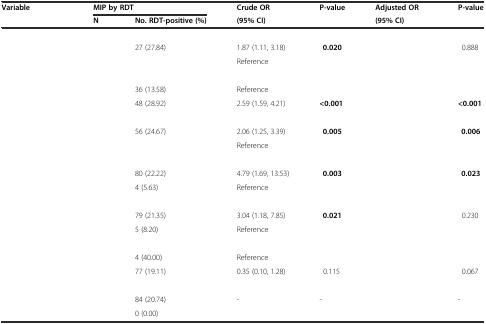
<table><thead><tr><td><b>Variable</b></td><td colspan="2"><b>MIP by RDT</b></td><td><b>Crude OR</b></td><td><b>P-value</b></td><td><b>Adjusted OR</b></td><td><b>P-value</b></td></tr><tr><td>[EMPTY_CELL]</td><td><b>N</b></td><td><b>No. RDT-positive (%)</b></td><td><b>(95% CI)</b></td><td>[EMPTY_CELL]</td><td><b>(95% CI)</b></td><td>[EMPTY_CELL]</td></tr></thead><tbody><tr><td colspan="5">[EMPTY_CELL]</td><td>[EMPTY_CELL]</td><td>[EMPTY_CELL]</td></tr><tr><td>[EMPTY_CELL]</td><td>[EMPTY_CELL]</td><td>27 (27.84)</td><td>1.87 (1.11, 3.18)</td><td><b>0.020</b></td><td>[EMPTY_CELL]</td><td>0.888</td></tr><tr><td>[EMPTY_CELL]</td><td>[EMPTY_CELL]</td><td>[EMPTY_CELL]</td><td>Reference</td><td>[EMPTY_CELL]</td><td>[EMPTY_CELL]</td><td>[EMPTY_CELL]</td></tr><tr><td colspan="5">[EMPTY_CELL]</td><td>[EMPTY_CELL]</td><td>[EMPTY_CELL]</td></tr><tr><td>[EMPTY_CELL]</td><td>[EMPTY_CELL]</td><td>36 (13.58)</td><td>Reference</td><td>[EMPTY_CELL]</td><td>[EMPTY_CELL]</td><td>[EMPTY_CELL]</td></tr><tr><td>[EMPTY_CELL]</td><td>[EMPTY_CELL]</td><td>48 (28.92)</td><td>2.59 (1.59, 4.21)</td><td><b>&lt;0.001</b></td><td>[EMPTY_CELL]</td><td><b>&lt;0.001</b></td></tr><tr><td colspan="5">[EMPTY_CELL]</td><td>[EMPTY_CELL]</td><td>[EMPTY_CELL]</td></tr><tr><td>[EMPTY_CELL]</td><td>[EMPTY_CELL]</td><td>56 (24.67)</td><td>2.06 (1.25, 3.39)</td><td><b>0.005</b></td><td>[EMPTY_CELL]</td><td><b>0.006</b></td></tr><tr><td>[EMPTY_CELL]</td><td>[EMPTY_CELL]</td><td>[EMPTY_CELL]</td><td>Reference</td><td>[EMPTY_CELL]</td><td>[EMPTY_CELL]</td><td>[EMPTY_CELL]</td></tr><tr><td colspan="5">[EMPTY_CELL]</td><td>[EMPTY_CELL]</td><td>[EMPTY_CELL]</td></tr><tr><td>[EMPTY_CELL]</td><td>[EMPTY_CELL]</td><td>80 (22.22)</td><td>4.79 (1.69, 13.53)</td><td><b>0.003</b></td><td>[EMPTY_CELL]</td><td><b>0.023</b></td></tr><tr><td>[EMPTY_CELL]</td><td>[EMPTY_CELL]</td><td>4 (5.63)</td><td>Reference</td><td>[EMPTY_CELL]</td><td>[EMPTY_CELL]</td><td>[EMPTY_CELL]</td></tr><tr><td colspan="5">[EMPTY_CELL]</td><td>[EMPTY_CELL]</td><td>[EMPTY_CELL]</td></tr><tr><td>[EMPTY_CELL]</td><td>[EMPTY_CELL]</td><td>79 (21.35)</td><td>3.04 (1.18, 7.85)</td><td><b>0.021</b></td><td>[EMPTY_CELL]</td><td>0.230</td></tr><tr><td>[EMPTY_CELL]</td><td>[EMPTY_CELL]</td><td>5 (8.20)</td><td>Reference</td><td>[EMPTY_CELL]</td><td>[EMPTY_CELL]</td><td>[EMPTY_CELL]</td></tr><tr><td colspan="5">[EMPTY_CELL]</td><td>[EMPTY_CELL]</td><td>[EMPTY_CELL]</td></tr><tr><td>[EMPTY_CELL]</td><td>[EMPTY_CELL]</td><td>4 (40.00)</td><td>Reference</td><td>[EMPTY_CELL]</td><td>[EMPTY_CELL]</td><td>[EMPTY_CELL]</td></tr><tr><td>[EMPTY_CELL]</td><td>[EMPTY_CELL]</td><td>77 (19.11)</td><td>0.35 (0.10, 1.28)</td><td>0.115</td><td>[EMPTY_CELL]</td><td>0.067</td></tr><tr><td>[EMPTY_CELL]</td><td>[EMPTY_CELL]</td><td>[EMPTY_CELL]</td><td>[EMPTY_CELL]</td><td>[EMPTY_CELL]</td><td>[EMPTY_CELL]</td><td>[EMPTY_CELL]</td></tr><tr><td>[EMPTY_CELL]</td><td>[EMPTY_CELL]</td><td>84 (20.74)</td><td>-</td><td>-</td><td>[EMPTY_CELL]</td><td>-</td></tr><tr><td>[EMPTY_CELL]</td><td>[EMPTY_CELL]</td><td>0 (0.00)</td><td>[EMPTY_CELL]</td><td>[EMPTY_CELL]</td><td>[EMPTY_CELL]</td><td>[EMPTY_CELL]</td></tr></tbody></table>